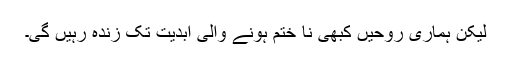
لیکن ہماری روحیں کبھی نا ختم ہونے والی ابدیت تک زندہ رہیں گی۔